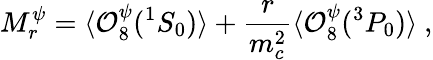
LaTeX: M_{r}^{\psi}=\langle{\cal O}_{8}^{\psi}(^{1}S_{0})\rangle+\frac{r}{m_{c}^{2}}\langle{\cal O}_{8}^{\psi}(^{3}P_{0})\rangle~,